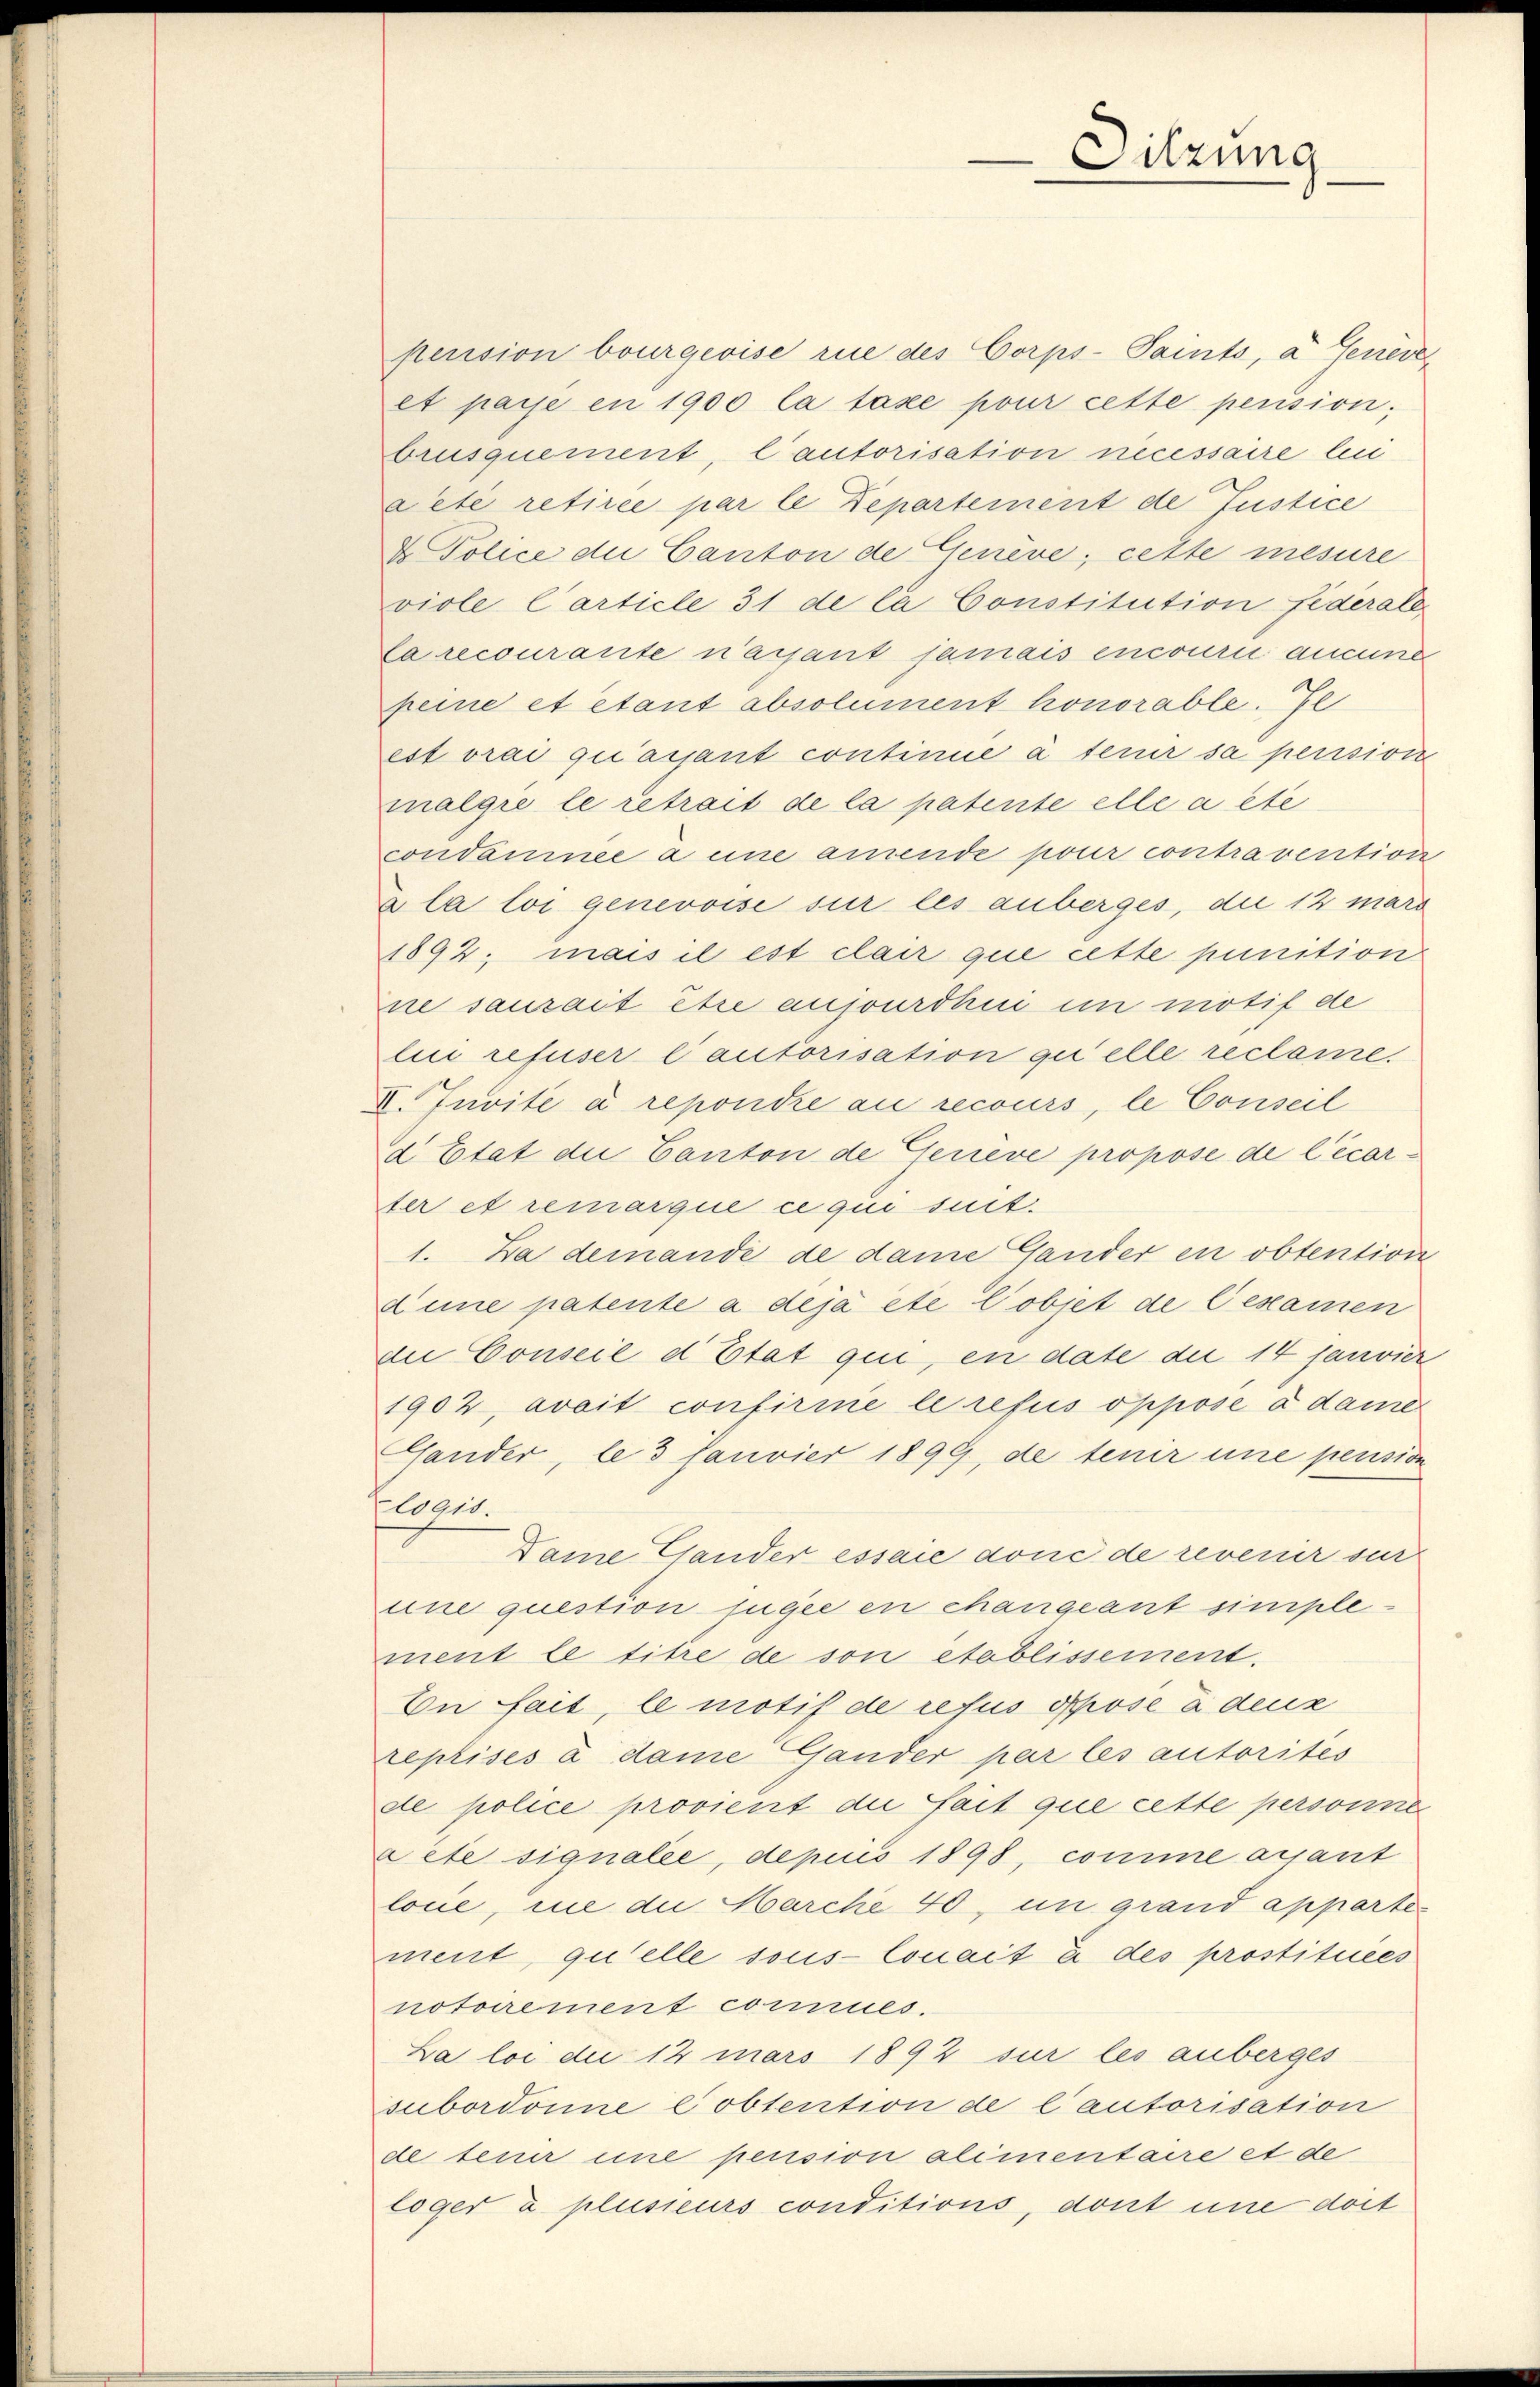
pension bourgeoise rue des Corps-Paints, a Geneve
et paye en 1900 la taxe pour cette pension;
brusquement, l’autorisation necessaire lui
Lété retirée par le Departement de Justice
& Police der Canton de Genève, cette mesure
viole Carticle 31 de la Constitution fiderate
la recourante n’avant jamais encourn aucune
peine et étant absolument honorable. Je
estorai quarant continue à tenir sa pension
malgre le retrait de la patente elle a ete
condamnée a eine amende pour contravention
»la loi genevoise sur les anberges, der 12 mars
1894; mais il est clair que cette punition
ne saurait être aujouröhni in motif de
lui refuser Cautorisation quelle reclame.
Invite à reponie au recours, le Conseil
d Etat die Canton de Genève propose de l’écorter et remarque ce qui suit:
1. Da demande de dame Gander en obtention
Lune patente a déjà été l’objet de Cexamen
zu Conseil d’Etat qui, en date die 14 janvier
1902, avait confirme le refus oppose à dame
Gander, le 3 Janvier 1899, de tenir une pension
logis.
Dame Gander essaie doné de revenir sur
une question jugée en changeant simplement le titre de son établissement.
En fait, le motif de refus Pose à deux
reprises à dame Gander par les autorités
de police provient die ait que cette personne
rete signale, depius 1898, comme ausant
lone, in die Marche 40, in grand appartement, quelle sous lonait à des prostituées
notoirement connues.
La loi die 12 mars 1892 sur les anberges
subordonne e obtention de l’autorisation
de tenir eine pension alimentaire et de
loger a plusieurs conditions, dont une dort

Dilzung